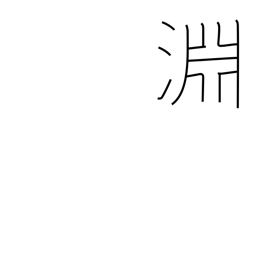
Meaning: the depths